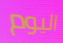
اليوم